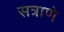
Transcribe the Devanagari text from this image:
सत्राणे